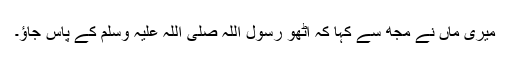
میری ماں نے مجھ سے کہا کہ اٹھو رسول اللہ صلی اللہ علیہ وسلم کے پاس جاؤ۔